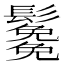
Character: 𩯯